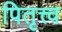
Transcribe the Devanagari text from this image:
पितृत्त्व